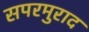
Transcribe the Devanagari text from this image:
सपरमुराद